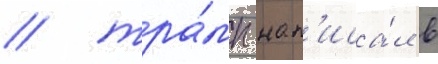
/ тра́мп нап'иса́л в